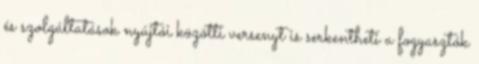
és szolgáltatások nyújtói közötti versenyt is serkentheti a fogyasztók